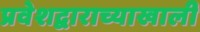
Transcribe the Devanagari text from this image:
प्रवेशद्वाराच्याखाली